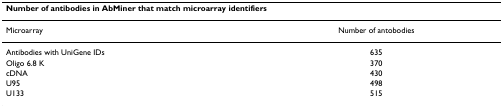
| <COLSPAN=2> Number of antibodies in AbMiner that match microarray identifiers |
 | --- | --- |
 | Microarray | Number of antobodies |
 | Antibodies with UniGene IDs | 635 |
 | Oligo 6.8 K | 370 |
 | cDNA | 430 |
 | U95 | 498 |
 | U133 | 515 |